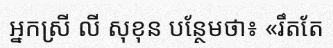
អ្នកស្រី លី សុខុន បន្ថែមថា៖ «រឹតតែ